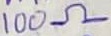
Text: 100Ω